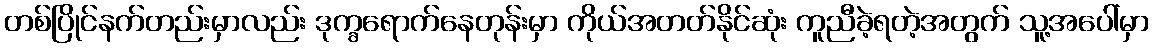
တစ်ပြိုင်နက်တည်းမှာလည်း ဒုက္ခရောက်နေတုန်းမှာ ကိုယ်အတတ်နိုင်ဆုံး ကူညီခဲ့ရတဲ့အတွက် သူ့အပေါ်မှာ